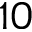
1 0